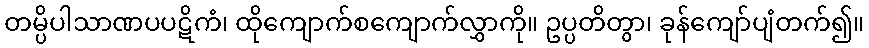
တမ္ပိပါသာဏပပဋိကံ၊ ထိုကျောက်စကျောက်လွှာကို။ ဥပ္ပတိတွာ၊ ခုန်ကျော်ပျံတက်၍။